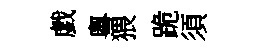
戯粵猥跪須